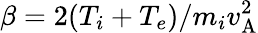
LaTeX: \beta=2(T_{i}+T_{e})/m_{i}v_{\mathrm{A}}^{2}